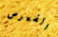
الفيرس